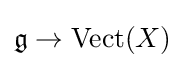
{\mathfrak {g}}\to {\text{Vect}}(X)